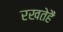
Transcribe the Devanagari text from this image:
रखतेहैं